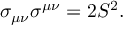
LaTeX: \sigma _ { \mu \nu } \sigma ^ { \mu \nu } = 2 { \cal S } ^ { 2 } .